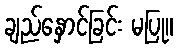
ချည်နှောင်ခြင်း မပြု။